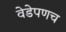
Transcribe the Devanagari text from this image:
वेडेपणच